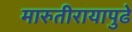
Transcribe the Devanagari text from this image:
मारुतीरायापुढे